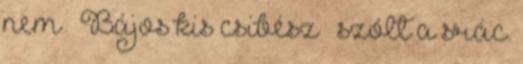
nem – Bájos kis csibész – szólt a srác.